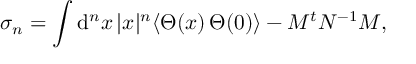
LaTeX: \sigma _ { n } = \int \mathrm { d } ^ { n } x \, | x | ^ { n } \langle \Theta ( x ) \, \Theta ( 0 ) \rangle - M ^ { t } N ^ { - 1 } M ,